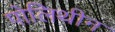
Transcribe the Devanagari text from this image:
पोलिथीन